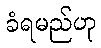
ခံရမည်ဟု